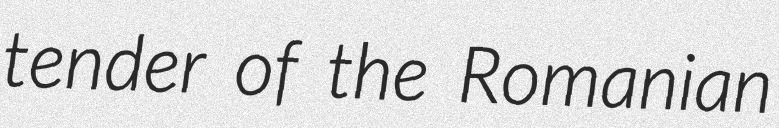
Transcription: tender of the Romanian